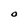
Character: O